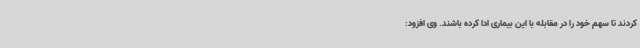
کردند تا سهم خود را در مقابله با این بیماری ادا کرده باشند. وی افزود: